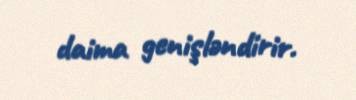
daima genişləndirir.